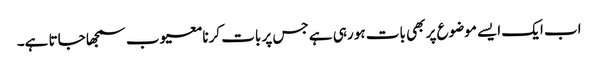
اب ایک ایسے موضوع پر بھی بات ہو رہی ہے جس پر بات کرنا معیوب سمجھا جاتا ہے۔